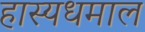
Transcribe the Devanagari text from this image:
हास्यधमाल